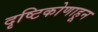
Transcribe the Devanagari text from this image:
दृष्टिकोणाहून